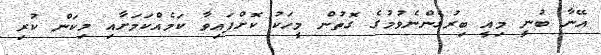
އޭނާ ބުނީ މިއީ ބިރުގެންނެވުމުގެ ގޮތުން މީހަކު ކޮށްފައިވާ ކަމެއްކަމަށާއި މިކަން ކުރި